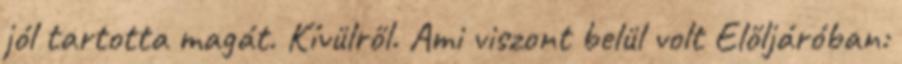
jól tartotta magát. Kívülről. Ami viszont belül volt Előljáróban: